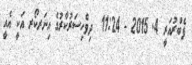
ފެބްރުއަރީ 4